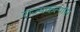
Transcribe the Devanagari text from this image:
राज्यकर्त्यांस